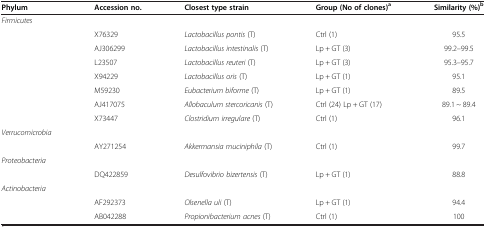
| Phylum | Accession no. | Closest type strain | Group (No of clones)a | Similarity (%)b |
 | --- | --- | --- | --- | --- |
 | Firmicutes |  |  |  |  |
 |  | X76329 | Lactobacillus pontis (T) | Ctrl (1) | 95.5 |
 |  | AJ306299 | Lactobacillus intestinalis (T) | Lp + GT (3) | 99.2–99.5 |
 |  | L23507 | Lactobacillus reuteri (T) | Lp + GT (3) | 95.3–95.7 |
 |  | X94229 | Lactobacillus oris (T) | Lp + GT (1) | 95.1 |
 |  | M59230 | Eubacterium biforme (T) | Lp + GT (1) | 89.5 |
 |  | AJ417075 | Allobaculum stercoricanis (T) | Ctrl (24) Lp + GT (17) | 89.1 ~ 89.4 |
 |  | X73447 | Clostridium irregulare (T) | Ctrl (1) | 96.1 |
 | Verrucomicrobia |  |  |  |  |
 |  | AY271254 | Akkermansia muciniphila (T) | Ctrl (1) | 99.7 |
 | Proteobacteria |  |  |  |  |
 |  | DQ422859 | Desulfovibrio bizertensis (T) | Lp + GT (1) | 88.8 |
 | Actinobacteria |  |  |  |  |
 |  | AF292373 | Olsenella uli (T) | Lp + GT (1) | 94.4 |
 |  | AB042288 | Propionibacterium acnes (T) | Ctrl (1) | 100 |